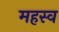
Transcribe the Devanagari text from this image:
महस्व